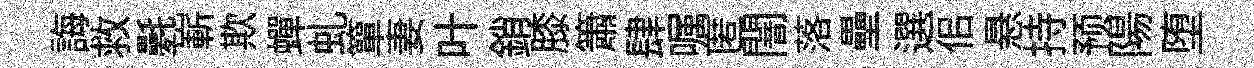
誨救氎嶄欺蟬虬簞妻叶銷膝簫肆嘱匿闇落壘選佀悬持预陽堕